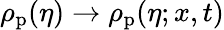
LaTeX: \rho_{\mathrm{p}}(\eta)\to\rho_{\mathrm{p}}(\eta;x,t)